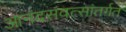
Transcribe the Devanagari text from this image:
आनंदसंवत्सांतर्गत